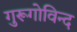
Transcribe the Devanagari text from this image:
गुरूगोविन्द